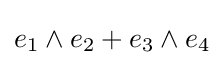
e_{1}\wedge e_{2}+e_{3}\wedge e_{4}